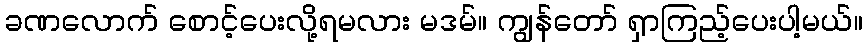
ခဏလောက် စောင့်ပေးလို့ရမလား မဒမ်။ ကျွန်တော် ရှာကြည့်ပေးပါ့မယ်။